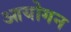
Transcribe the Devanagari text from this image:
आयोगन